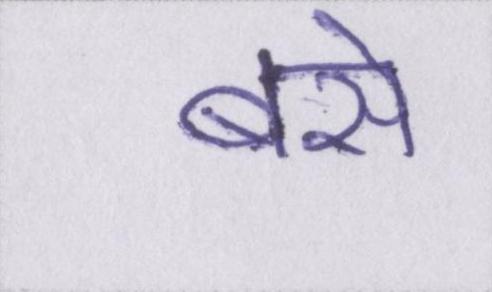
बसे